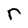
Character: r